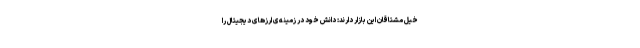
خیل مشتاقان این بازار دارند: دانش خود در زمینه‌ی ارزهای دیجیتال را